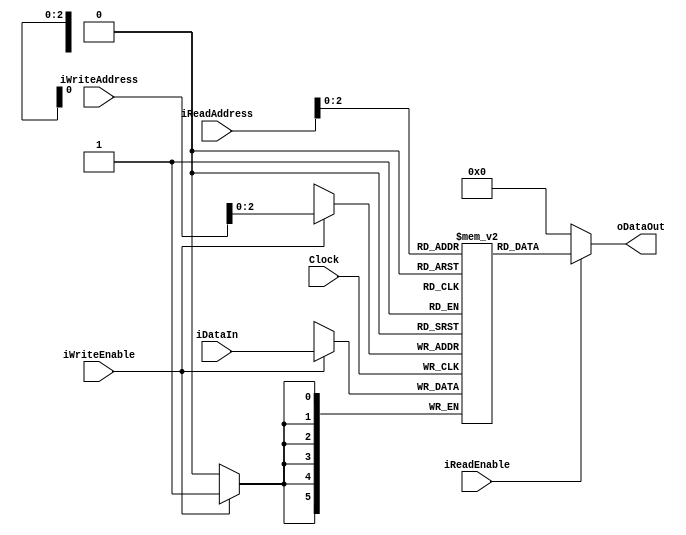

module dual_port_memory # ( parameter DATA_WIDTH= 6, parameter ADDR_WIDTH=8, parameter MEM_SIZE=7 )// Constantes
(
	input wire						Clock,
	input wire						iWriteEnable,
	input wire						iReadEnable,
	input wire [ADDR_WIDTH-1:0]	iReadAddress,// Direccin de leer
	input wire [ADDR_WIDTH-1:0]	iWriteAddress,// Direccin de escribir
	input wire [DATA_WIDTH-1:0]		 	iDataIn,
	output reg [DATA_WIDTH-1:0] 		oDataOut);//Salida de datos

reg [DATA_WIDTH-1:0] Ram [MEM_SIZE:0]; //Creacin de la memoria

always @(posedge Clock)
begin

		if (iWriteEnable) begin
			Ram[iWriteAddress] <= iDataIn;
			end
end

always @(*) begin
	if(iReadEnable) begin
	oDataOut = Ram[iReadAddress];
	end
	else begin
	oDataOut = 0;
	end
end

endmodule